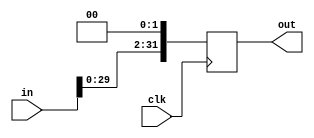
`timescale 1ns / 1ps
//////////////////////////////////////////////////////////////////////////////////
// Company: 
// Engineer: 
// 
// Design Name: 
// Module Name:    ShiftLeft2 
// Project Name: 
// Target Devices: 
// Tool versions: 
// Description: 
//
// Dependencies: 
//
// Revision: 
// Revision 0.01 - File Created
// Additional Comments: 
//
//////////////////////////////////////////////////////////////////////////////////
module ShiftLeft2(
	input wire [31:0]in,
	output reg [31:0]out,
	
	input wire clk
    );
	 
	 
	 always@(posedge clk)
	 begin
	 
	 out <= in << 2;
	 
	 end

endmodule